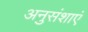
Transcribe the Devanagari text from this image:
अनुसंशाएं